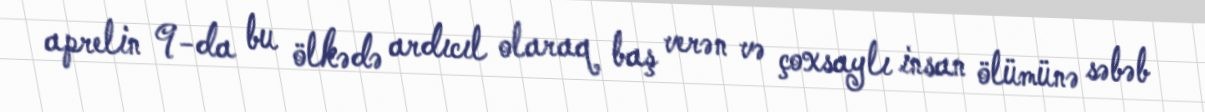
aprelin 9-da bu ölkədə ardıcıl olaraq baş verən və çoxsaylı insan ölümünə səbəb